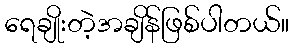
ရေချိုးတဲ့အချိန်ဖြစ်ပါတယ်။